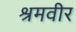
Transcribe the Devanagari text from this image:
श्रमवीर